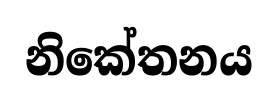
නිකේතනය